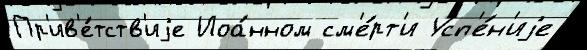
Пр'ив'е́тств'иjе Иоа́нном см'е́рт'и Усп'е́н'иjе